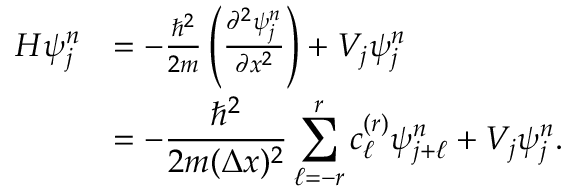
\begin{array} { r l } { H \psi _ { j } ^ { n } } & { = - \frac { \hbar ^ { 2 } } { 2 m } \left( \frac { \partial ^ { 2 } \psi _ { j } ^ { n } } { \partial x ^ { 2 } } \right) + V _ { j } \psi _ { j } ^ { n } } \\ & { = \displaystyle - \frac { \hbar ^ { 2 } } { 2 m ( \Delta x ) ^ { 2 } } \sum _ { \ell = - r } ^ { r } c _ { \ell } ^ { ( r ) } \psi _ { j + \ell } ^ { n } + V _ { j } \psi _ { j } ^ { n } . } \end{array}